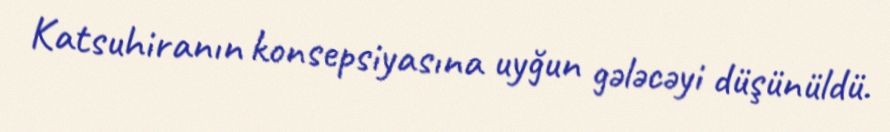
Katsuhiranın konsepsiyasına uyğun gələcəyi düşünüldü.